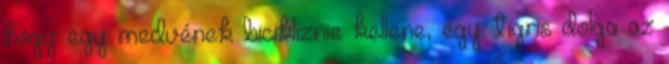
hogy egy medvének bicikliznie kellene, egy tigris dolga az